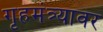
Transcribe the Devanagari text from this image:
गृहमंत्र्यावर